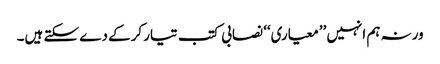
ورنہ ہم انہیں ’’معیاری‘‘ نصابی کتب تیار کرکے دے سکتے ہیں۔